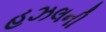
હઝલની